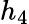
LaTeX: h_{4}